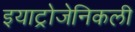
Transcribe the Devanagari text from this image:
इयाट्रोजेनिकली